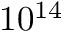
1 0 ^ { 1 4 }